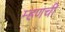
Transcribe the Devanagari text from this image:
म्हणची